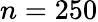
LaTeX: n=250